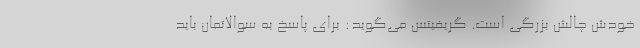
خودش چالش بزرگی‌ است. گریفیتس می‌گوید: برای پاسخ به سوالاتمان باید